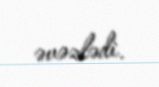
əvəzlədi.